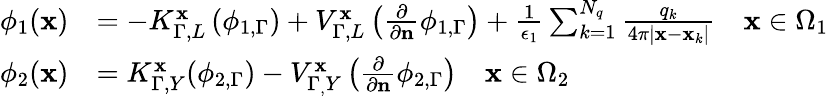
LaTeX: \begin{array}{rl}{\phi_{1}(\mathbf{x})}&{=-K_{\Gamma,L}^{\mathbf{x}}\left(\phi_{1,\Gamma}\right)+V_{\Gamma,L}^{\mathbf{x}}\left(\frac{\partial}{\partial\mathbf{n}}\phi_{1,\Gamma}\right)+\frac{1}{\epsilon_{1}}\sum_{k=1}^{N_{q}}\frac{q_{k}}{4\pi|\mathbf{x}-\mathbf{x}_{k}|}\quad\mathbf{x}\in\Omega_{1}}\\ {\phi_{2}(\mathbf{x})}&{=K_{\Gamma,Y}^{\mathbf{x}}(\phi_{2,\Gamma})-V_{\Gamma_{,}Y}^{\mathbf{x}}\left(\frac{\partial}{\partial\mathbf{n}}\phi_{2,\Gamma}\right)\quad\mathbf{x}\in\Omega_{2}}\end{array}